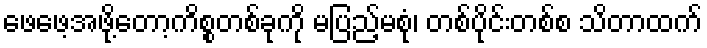
ဖေဖေ့အဖို့တော့ကိစ္စတစ်ခုကို မပြည့်မစုံ၊ တစ်ပိုင်းတစ်စ သိတာထက်